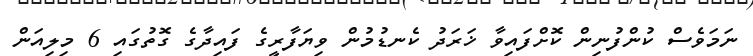
ނަމަވެސް ކުންފުނިން ކޮށްފައިވާ ޚަރަދު ކެނޑުމުން ވިޔަފާރީގެ ފައިދާގެ ގޮތުގައި 6 މިލިއަން